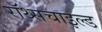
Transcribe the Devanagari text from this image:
रॉथ्सचाइल्ड